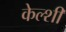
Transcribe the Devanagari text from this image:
केल्शी